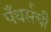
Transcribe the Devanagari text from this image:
पँथर्सची